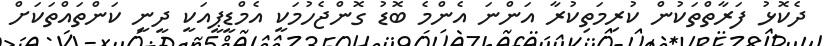
ދެކޮޅު ފަރާތްތަކުން ކުރިމަތިކުރާ އަންނަ އެންމެ ބޮޑު ގޮންޖެހުމަކީ އެމްޑީޕީއަކީ ދީނީ ކަންތައްތަކަށް